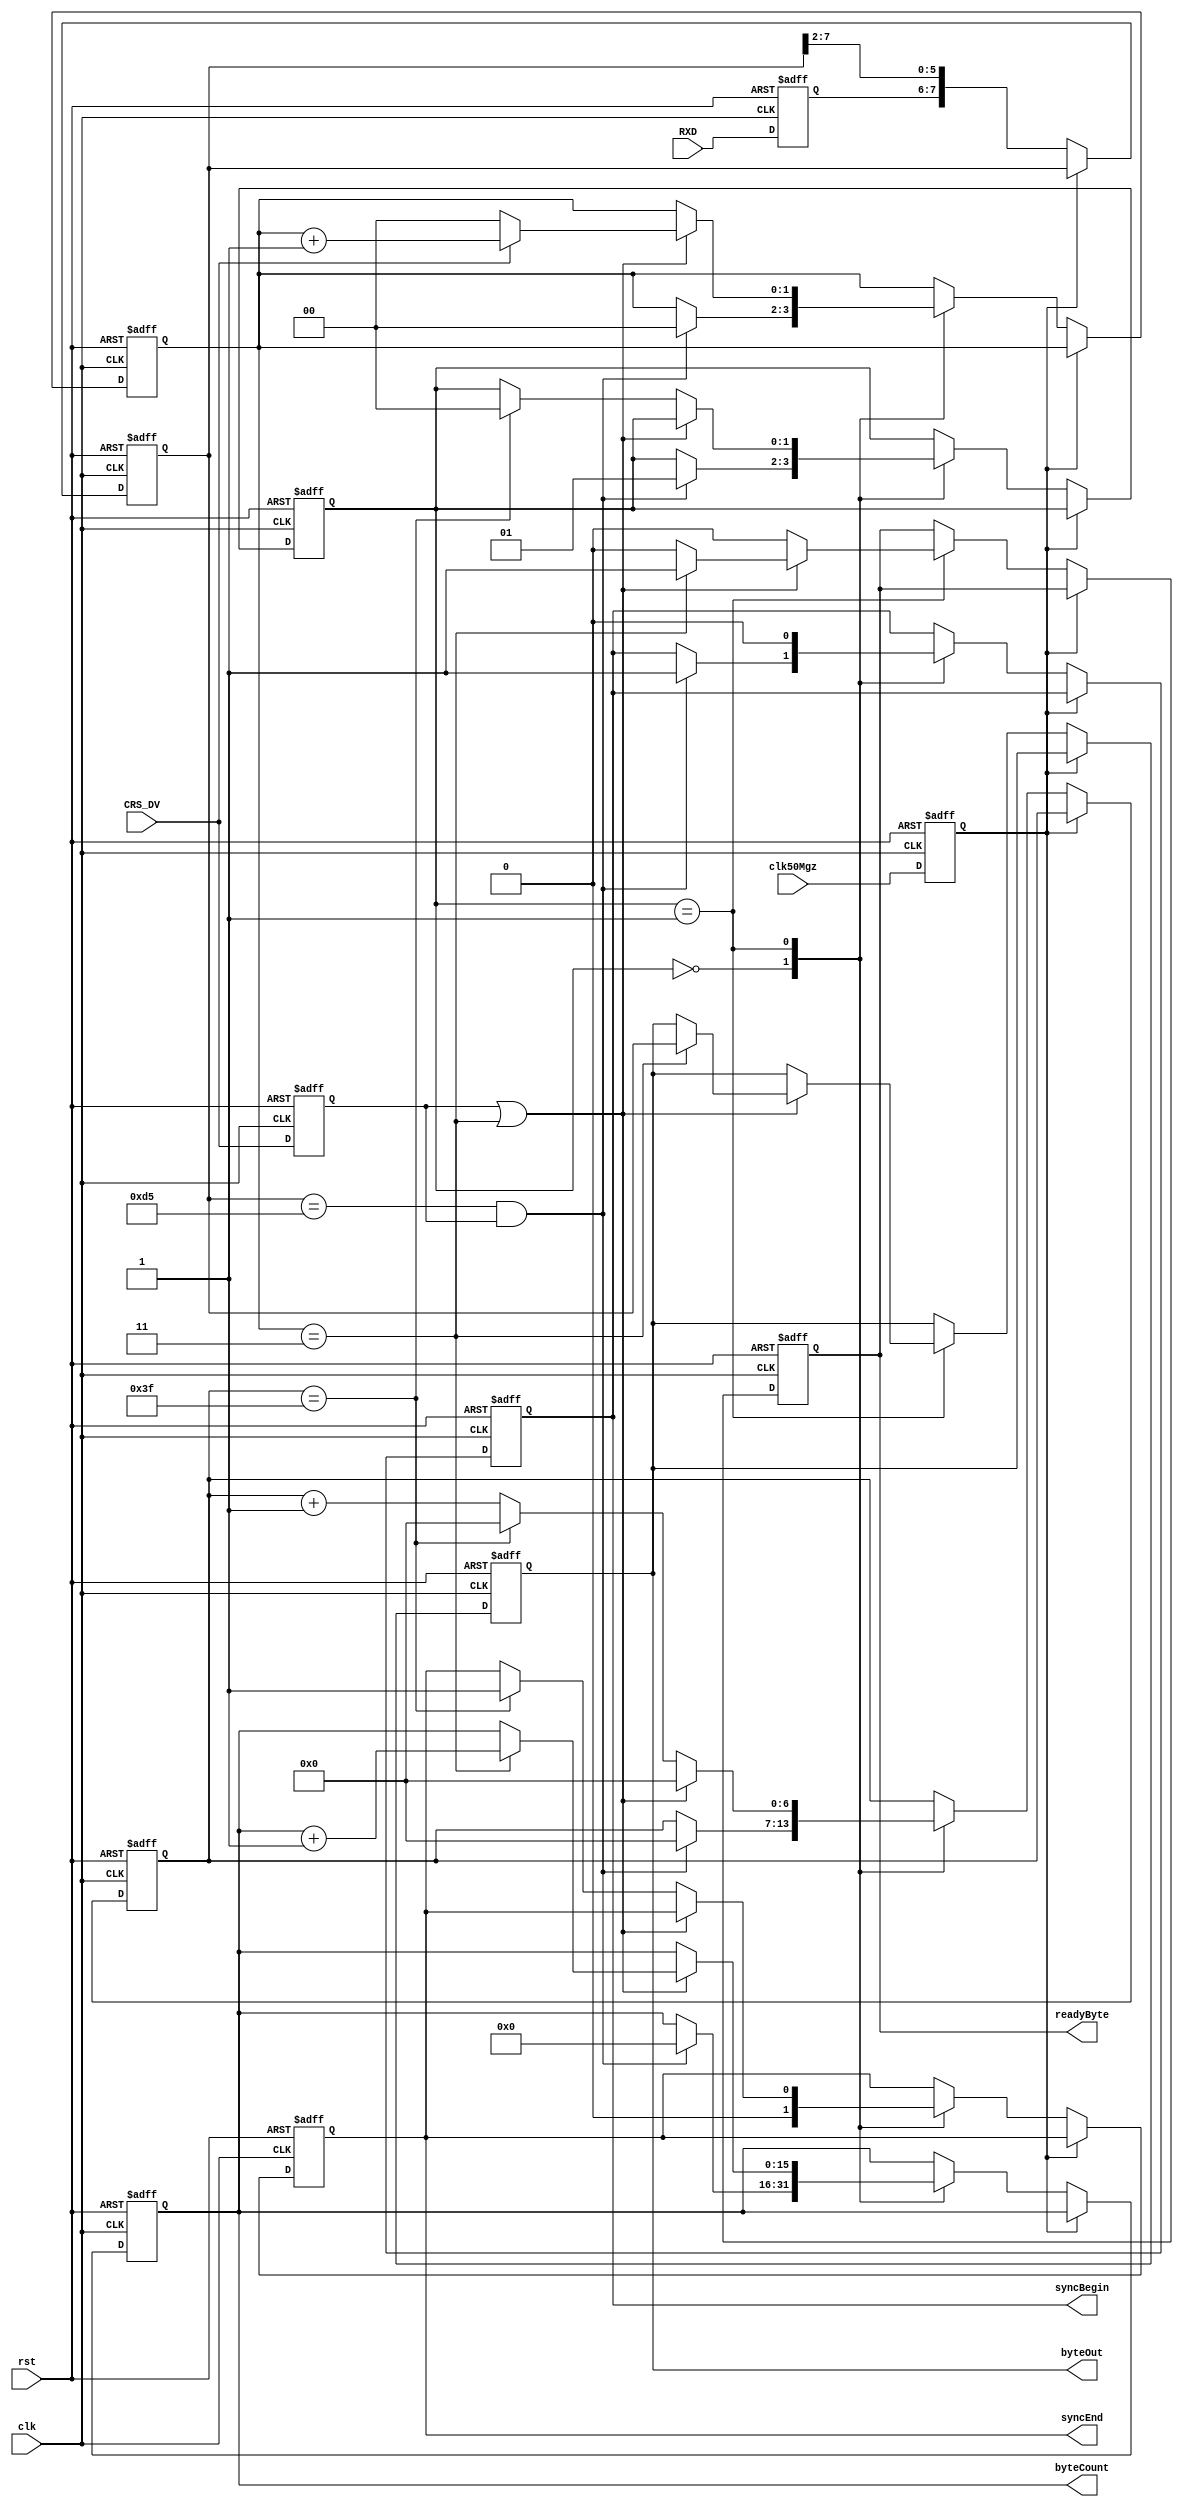
module rmii_rx
(	input clk,
	input clk50Mgz,	//  50   
	input rst,
	input [1:0]RXD,				//   
	input CRS_DV,				//   
	output reg [7:0]byteOut,		//  
	output reg [15:0]byteCount,	//    
	output reg syncBegin, 		//    
	output reg readyByte,		//    
	output reg syncEnd			//   
);

//  
reg [1:0]RXDi;
reg clk50Mgzi;
reg CRS_DVi;
always @(posedge clk, posedge rst)
if(rst)
begin
	RXDi <= 0;
	clk50Mgzi <= 0;
	CRS_DVi <= 0;
end
else
begin
	RXDi <= RXD;
	clk50Mgzi <= clk50Mgz;
	CRS_DVi <= CRS_DV;
end


//   
reg [7:0]dataRcv /*verilator public*/;

//  
reg [1:0]state  /*verilator public*/;
parameter idle		= 2'b00;
parameter recv		= 2'b01;

reg [1:0]countBitRecv /*verilator public*/; //  
reg [6:0]countBitFoot /*verilator public*/; //    

always @(negedge clk, posedge rst)
if(rst)
begin
	byteCount <= 0;
	syncBegin <= 0;
	syncEnd <= 0;
	readyByte <= 0;
	dataRcv <= 0;
	state <= idle;
	countBitRecv <= 0;
	countBitFoot <= 0;
	byteOut <= 0;
end
else
begin
	if(~clk50Mgzi)
	begin
		dataRcv <= {RXDi, dataRcv[7:2]};
		case(state)
		idle:
		begin
			if((dataRcv == 8'hD5) & CRS_DVi)	// 
			begin
				byteCount <= 0;
				countBitRecv <= 0;
				countBitFoot <= 0;
				syncBegin <= 1;		//    
				state <= recv;
			end
			syncEnd <= 0;	// 
		end
		
		recv: //  
		begin
			syncBegin <= 0;	// 
			if(CRS_DVi | (countBitRecv == 3)) //    , + .
			begin
				countBitRecv <= countBitRecv + 1; //  ,   
				countBitFoot <= 0;
				if(countBitRecv == 3)	//   
				begin
					readyByte <= 1;
					byteOut <= dataRcv;	//  
					byteCount <= byteCount + 1;	//   
				end
				else
				begin
					readyByte <= 0;
				end
				if(!CRS_DV) // + .
					countBitRecv <= 0;
			end
			else
			begin
				countBitFoot <= countBitFoot + 1;
				if(countBitFoot == 63)
				begin
					countBitFoot <= 0;
					state <= idle;
					syncEnd <= 1;	//    
				end
				readyByte <= 0;
			end
			end
		endcase
	end
end


endmodule